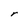
Character: r